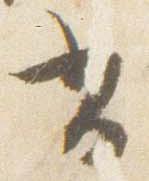
書